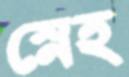
স্নেহ